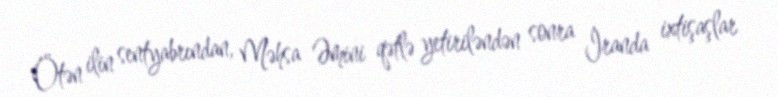
Ötən ilin sentyabrından, Məhsa Əmini qətlə yetiriləndən sonra İranda ixtişaşlar